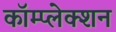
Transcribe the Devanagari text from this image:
कॉम्प्लेक्शन